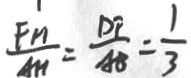
\frac { F H } { A H } = \frac { D F } { A B } = \frac { 1 } { 3 }